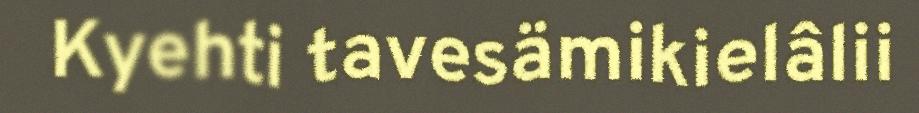
Kyehti tavesämikielâlii